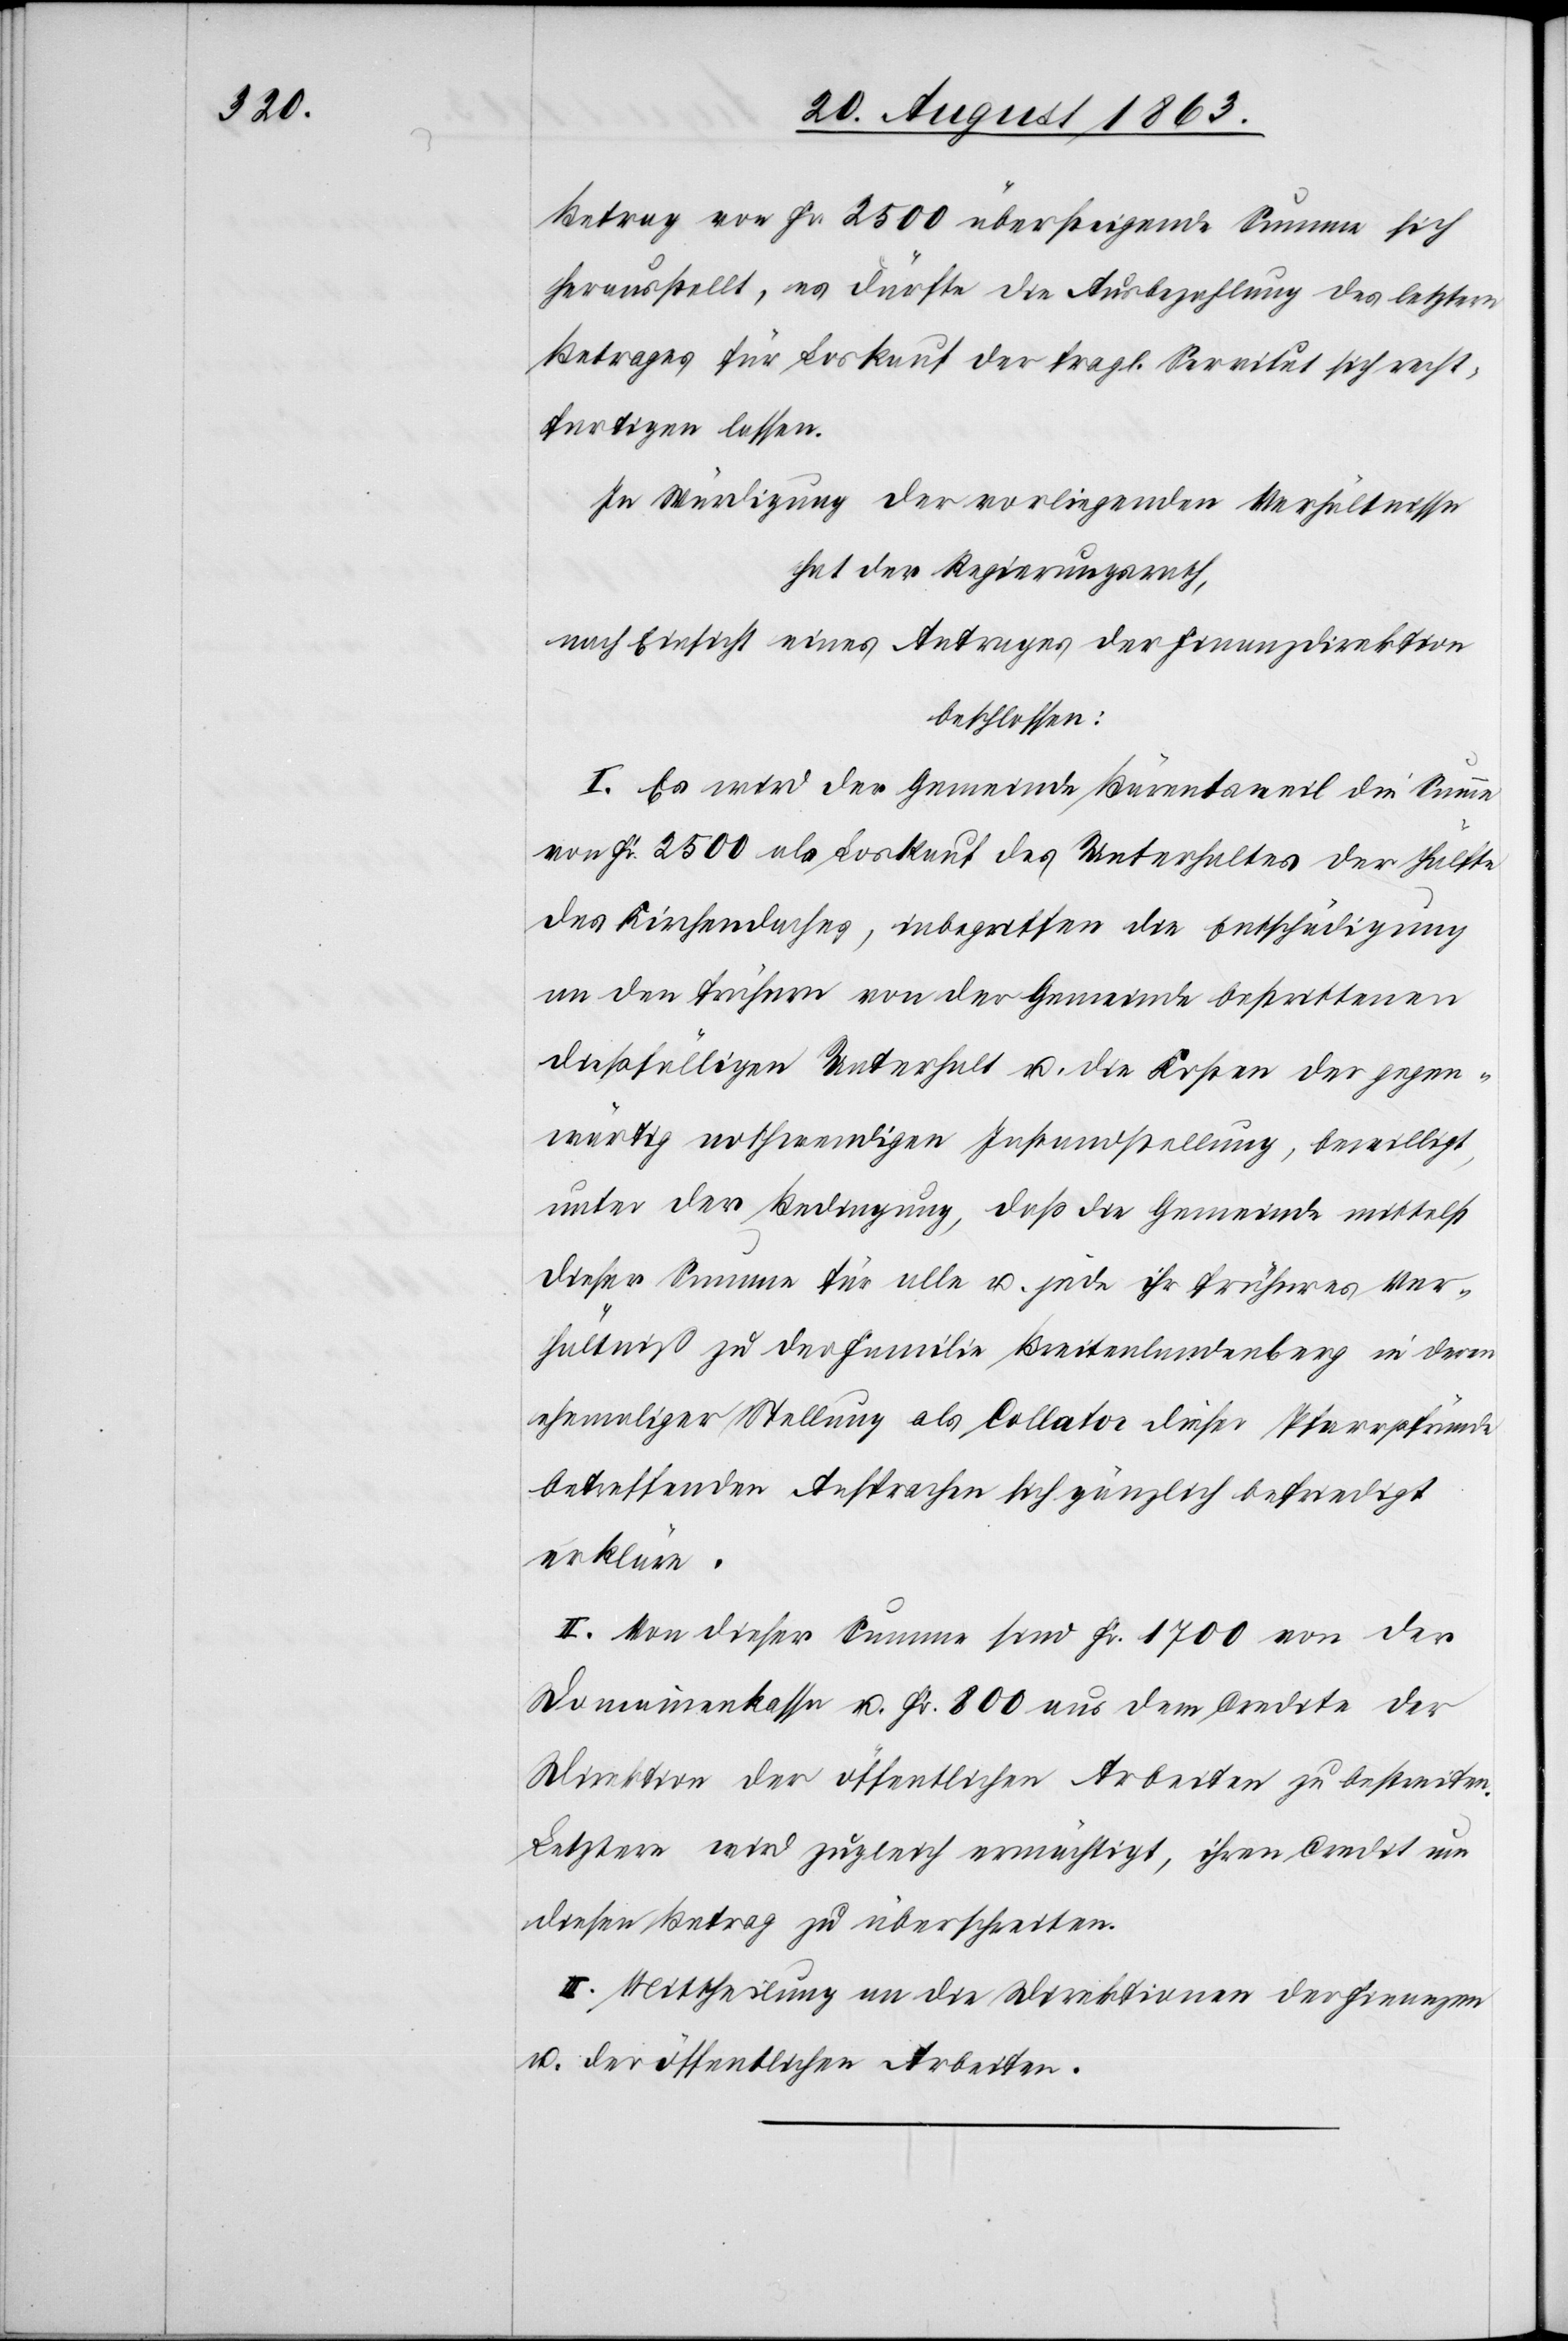
Betrag von Fr. 2500 übersteigende Summe sich
herausstellt, es dürfte die Ausbezahlung des letztern
Betrages für Loskauf der fragl. Servitut sich recht¬
fertigen lassen.
In Würdigung der vorliegenden Verhältnisse
hat der Regierungsrath,
nach Einsicht eines Antrages der Finanzdirektion
beschlossen:
I. Es wird der Gemeinde Bärentsweil die Summe
von Fr. 2500 als Loskauf des Unterhaltes der Hälfte
des Kirchendaches, inbegriffen die Entschädigung
an den frühern von der Gemeinde bestrittenen
dießfälligen Unterhalt u. die Kosten der gegen¬
wärtig nothwendigen Instandstellung, bewilligt,
unter der Bedingung, daß die Gemeinde mittelst
dieser Summe für alle u. jede ihr früheres Ver¬
hältniß zu der Familie Breitenlandenberg in deren
ehemaliger Stellung als Collator dieser Pfarrpfründe
betreffenden Ansprachen sich gänzlich befriedigt
erkläre.
II. Von dieser Summe sind Fr. 1700 von der
Domainenkassa u. Fr. 800 aus dem Credite der
Direktion der öffentlichen Arbeiten zu bestreiten.
Letztere wird zugleich ermächtigt, ihren Credit um
diesen Betrag zu überschreiten.
III. Mittheilung an die Direktionen der Finanzen
u. der öffentlichen Arbeiten.